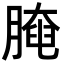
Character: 𦟩